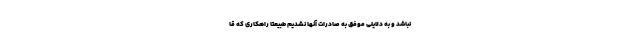
نباشد و به دلایلی موفق به صادرات آنها نشدیم طبیعتاً راهکاری که قا